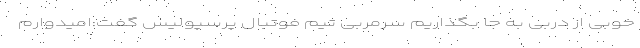
خوبی از دربی به جا بگذاریم سرمربی تیم فوتبال پرسپولیس گفت:امیدوارم